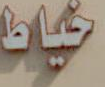
خياط